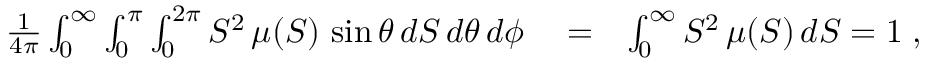
\begin{array} { r l r } { \frac { 1 } { 4 \pi } \int _ { 0 } ^ { \infty } \int _ { 0 } ^ { \pi } \int _ { 0 } ^ { 2 \pi } S ^ { 2 } \, \mu ( S ) \, \sin \theta \, d S \, d \theta \, d \phi } & { { } = } & { \int _ { 0 } ^ { \infty } S ^ { 2 } \, \mu ( S ) \, d S = 1 \; , } \end{array}